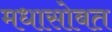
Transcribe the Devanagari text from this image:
मधासोबत